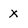
Character: X